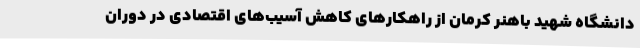
دانشگاه شهید باهنر کرمان از راهکارهای کاهش آسیب‌های اقتصادی در دوران